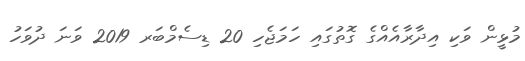
މުޅީން ވަކި އިދާރާއެއްގެ ގޮތުގައި ހަމަޖެހި 20 ޑިސެމްބަރ 2019 ވަނަ ދުވަހު